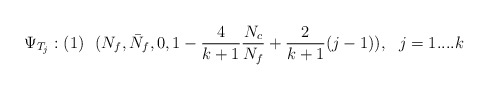
\begin{align*}\Psi_{T_{j}}: (1)\ \ (N_{f}, \bar{N}_{f}, 0, 1- \frac{4}{k+1}\frac{N_{c}}{N_{f}} + \frac{2}{k+1}(j-1)), \ \ j=1....k\end{align*}